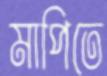
মাপিতে